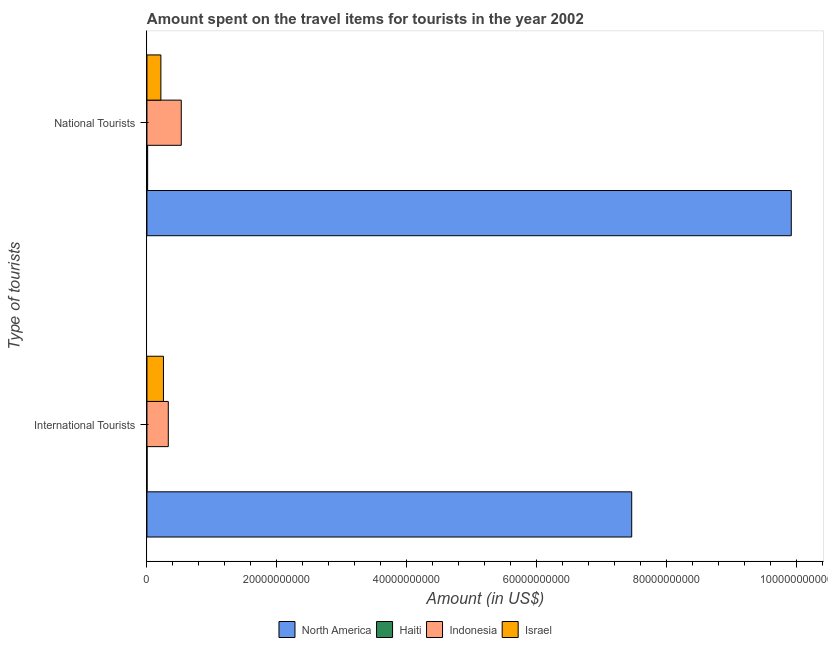
| Type of tourists | North America | Haiti | Indonesia | Israel |
 | --- | --- | --- | --- | --- |
 | International Tourists | 7.46e+10 | 1.8e+07 | 3.29e+09 | 2.54e+09 |
 | National Tourists | 9.92e+10 | 1.08e+08 | 5.28e+09 | 2.14e+09 |